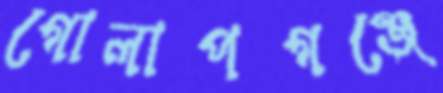
গোলাপগঞ্জে